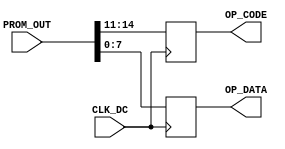
module decode(
    input CLK_DC,
    input[14:0] PROM_OUT,
    output reg[3:0] OP_CODE,
    output reg[7:0] OP_DATA
);

    always @(posedge CLK_DC) begin
        OP_CODE <= PROM_OUT[14:11];
        OP_DATA <= PROM_OUT[7:0];
    end
endmodule